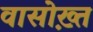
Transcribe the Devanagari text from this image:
वासोख़्त